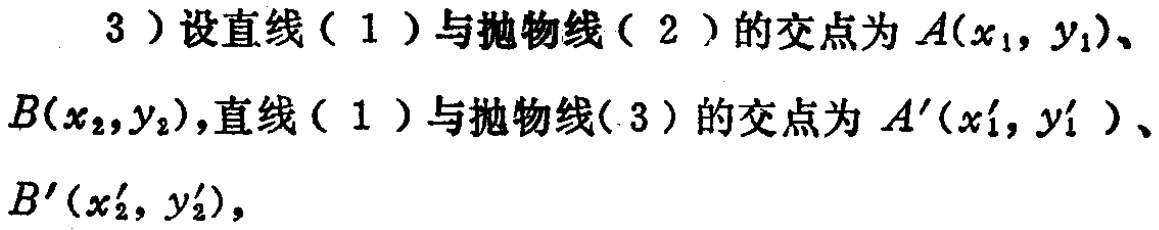
3）设直线（1）与抛物线（2）的交点为 \(A(x_1,y_1)\)、\(B(x_2,y_2)\)，直线（1）与抛物线( 3 ) 的交点为 \(A'(x_1',y_1')\)、\(B'(x_2',y_2')\)，